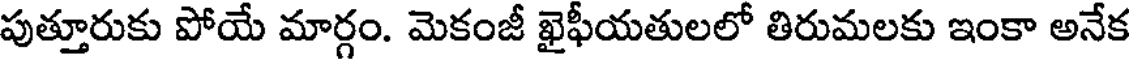
పుత్తూరుకు పోయే మార్గం. మెకంజీ ఖైఫీయతులలో తిరుమలకు ఇంకా అనేక